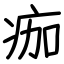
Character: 痂